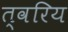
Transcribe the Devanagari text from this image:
त्वरिय